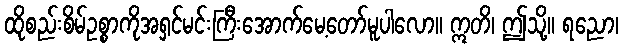
ထိုစည်းစိမ်ဥစ္စာကိုအရှင်မင်းကြီးအောက်မေ့တော်မူပါလော။ ဣတိ၊ ဤသို့။ ရညော၊